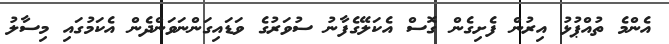
އެންމެ ތުއްޕުޅު އިރުން ފެށިގެން ގޮސް އެކަލޭގެފާނު ސުވަރުގެ ވަޑައިގަންނަވަންދެން އެކަމުގައި މިސާލު